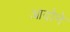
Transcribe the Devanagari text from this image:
आदोने